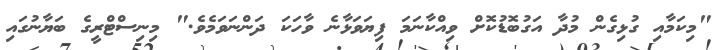
"މިކަމާއި ގުޅިގެން މުދާ އަގުބޮޑުކޮށް ވިއްކާނަމަ ފިޔަވަޅާނެ ވާހަކަ ދަންނަވަމެވެ." މިނިސްޓްރީގެ ބަޔާނުގައި